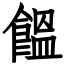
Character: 饂